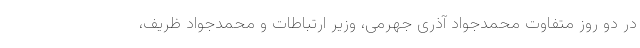
در دو روز متفاوت محمدجواد آذری‌ جهرمی، وزیر ارتباطات و محمدجواد ظریف،